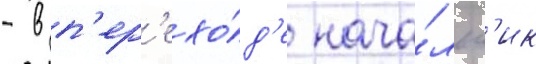
- в п'ер'ехо́д'е нача́льн'ик